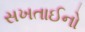
સખતાઈનો